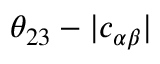
\theta _ { 2 3 } - | c _ { \alpha \beta } |